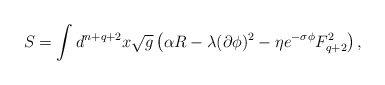
\begin{align*}S= \int d^{n+q+2}x \sqrt{g} \left( \alpha R - \lambda (\partial\phi)^2 - \eta e^{-\sigma \phi} F_{q+2}^2 \right),\end{align*}